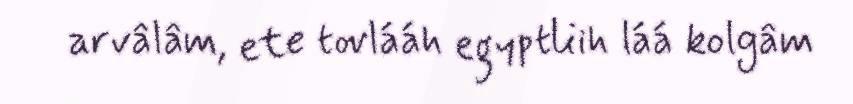
arvâlâm, ete tovlááh egyptliih láá kolgâm